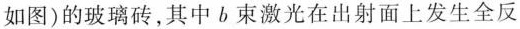
如图)的玻璃砖，其中b束激光在出射面上发生全反